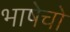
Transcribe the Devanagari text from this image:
भाषेचो